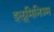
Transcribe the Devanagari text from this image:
इलूमिनिज्म